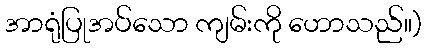
အာရုံပြုအပ်သော ကျမ်းကို ဟောသည်။)